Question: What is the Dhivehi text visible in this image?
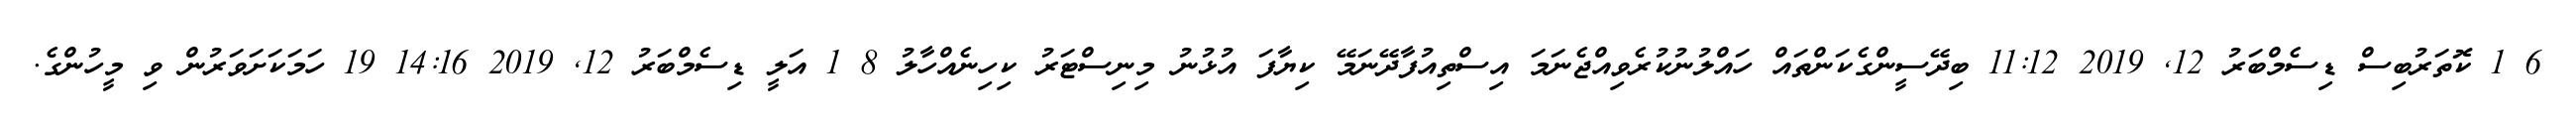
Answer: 6 1 ކޮތަރުބިސް ޑިސެމްބަރު 12, 2019 11:12 ބިދޭސީންގެކަންތައް ހައްލުނުކުރެވިއްޖެނަމަ އިސްތިއުފާދޭނަމޭ ކިޔާފަ އުޅުނު މިނިސްޓަރު ކިހިނެއްހާލު 8 1 އަލީ ޑިސެމްބަރު 12, 2019 14:16 19 ހަމަކަށަވަރުން ވި މީހުންގެ.